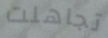
تجاهلت